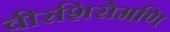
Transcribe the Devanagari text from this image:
वीरशिरोमणि